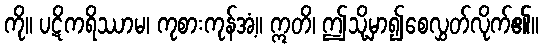
ကို။ ပဋိကရိဿာမ၊ ကုစားကုန်အံ့။ ဣတိ၊ ဤသို့မှာ၍စေလွှတ်လိုက်၏။